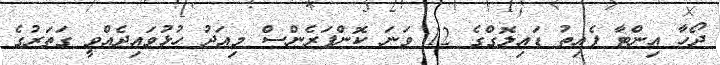
ދޯހާ އިންޓާ ފެއިތު ޑައިލޮގްގެ 12 ވަނަ ކޮންފަރެންސް މިއަދު ހުޅުވައިދެއްވީ ގަތަރުގެ